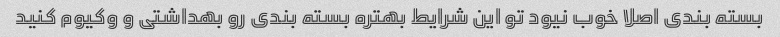
بسته بندی اصلا خوب نیود تو این شرایط بهتره بسته بندی رو بهداشتی و وکیوم کنید